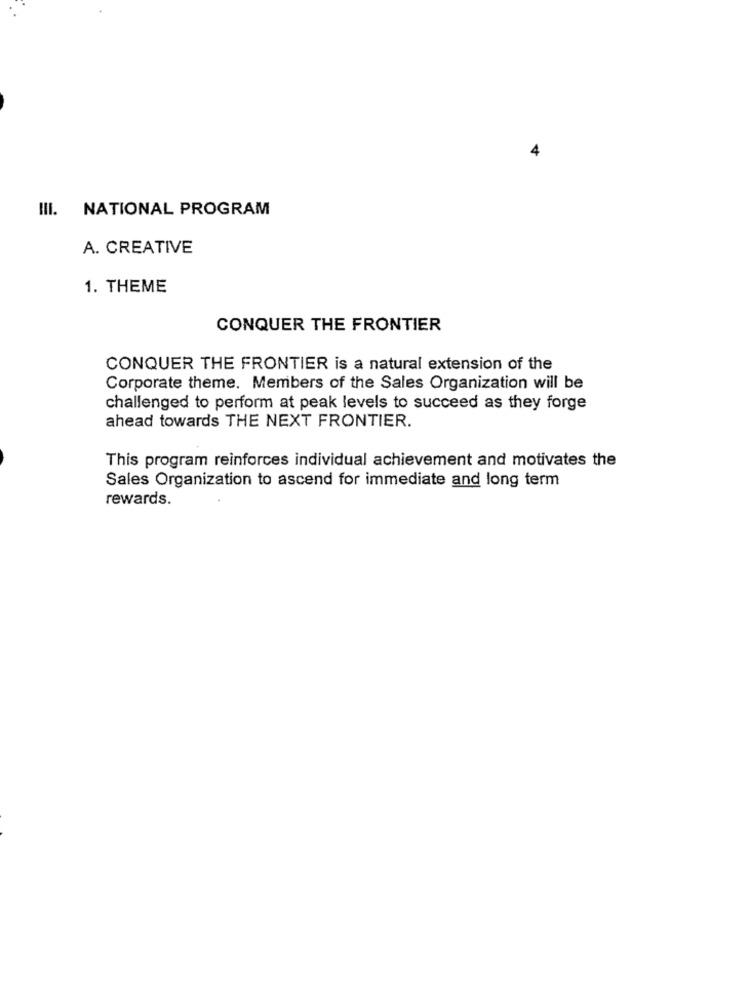
NATIONAL PROGRAM
A. CREATIVE
1. THEME
CONQUER THE FRONTIER
CONQUER THE FRONTIER is a natural extension of the
Corporate theme. Members of the Sales Organization will be
challenged to perform at peak levels to succeed as they forge
ahead towards THE NEXT FRONTIER.
This program reinforces individual achievement and motivates the
Sales Organization to ascend for immediate and long term
rewards.